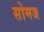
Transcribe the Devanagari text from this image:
सोमज